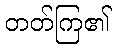
တတ်ကြ၏